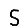
Digit: 5